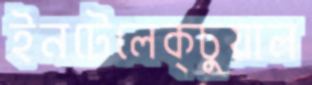
ইনটেলেক্চুয়াল